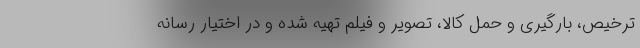
ترخیص، بارگیری و حمل کالا، تصویر و فیلم تهیه شده و در اختیار رسانه